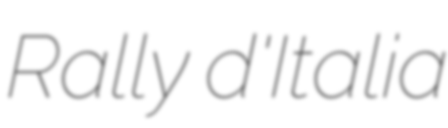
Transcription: Rally d'Italia